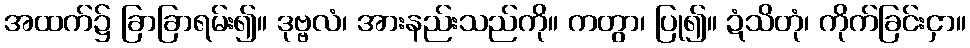
အထက်၌ ခြာခြာရမ်း၍။ ဒုဗ္ဗလံ၊ အားနည်းသည်ကို။ ကတွာ၊ ပြု၍။ ဍံသိတုံ၊ ကိုက်ခြင်းငှာ။